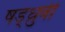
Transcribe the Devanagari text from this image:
षड्ध्रुवी